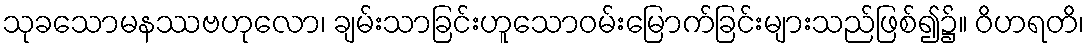
သုခသောမနဿဗဟုလော၊ ချမ်းသာခြင်းဟူသောဝမ်းမြောက်ခြင်းများသည်ဖြစ်၍၌။ ဝိဟရတိ၊